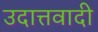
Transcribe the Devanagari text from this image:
उदात्तवादी